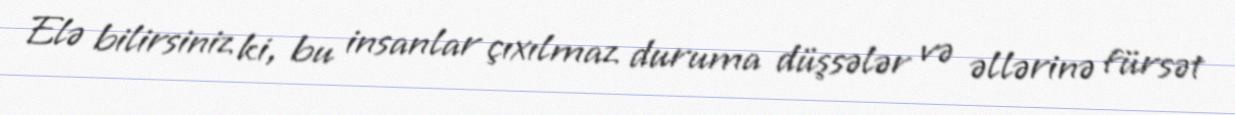
Elə bilirsiniz ki, bu insanlar çıxılmaz duruma düşsələr və əllərinə fürsət